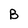
Character: B